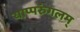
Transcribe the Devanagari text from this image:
याप्परुंगलम्